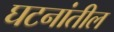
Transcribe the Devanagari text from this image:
घटनांतील